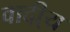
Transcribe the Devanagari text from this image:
वादी्य